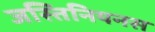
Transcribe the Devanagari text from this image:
जस्तिनियनस